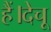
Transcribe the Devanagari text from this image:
हैं।देचू